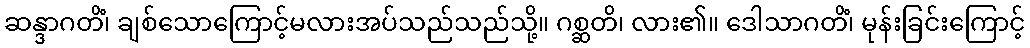
ဆန္ဒာဂတိံ၊ ချစ်သောကြောင့်မလားအပ်သည်သည်သို့။ ဂစ္ဆတိ၊ လား၏။ ဒေါသာဂတိံ၊ မုန်းခြင်းကြောင့်